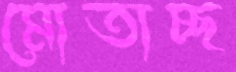
মোতাচ্ছ